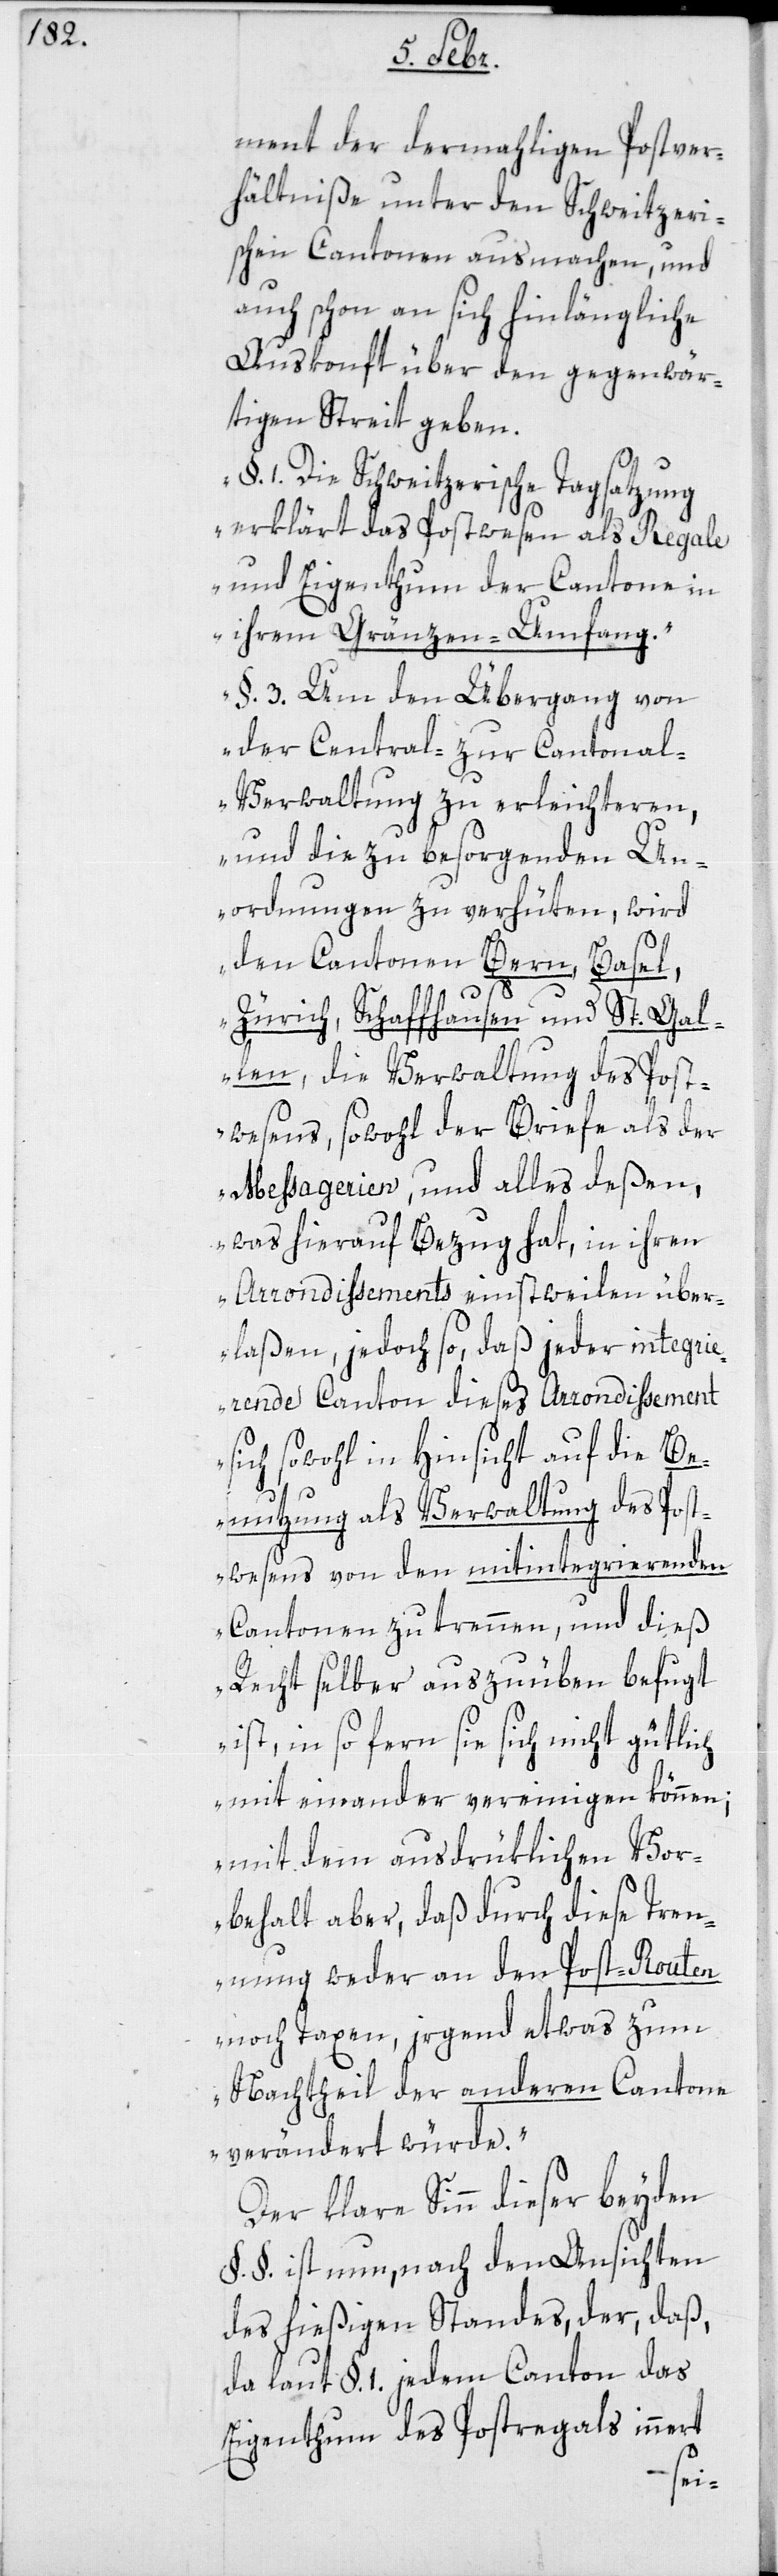
ment der dermaligen Postver¬
hältniße unter den Schweitzeri¬
schen Cantonen ausmachen, und
auch schon an sich hinlängliche
Auskonft über den gegenwär¬
tigen Streit geben.
1. Die Schweitzerische Tagsatzung
erklärt das Postwesen als Regale
und Eigenthum der Cantone in
ihrem Gränzen-Umfang.“
„§. 3. Um den Übergang von
der Central- zur Cantonal¬
verwaltung zu erleichteren,
und die zu besorgenden Un¬
ordnungen zu verhüten, wird
den Cantonen Bern, Basel,
Zürich, Schaffhausen und St. Gal¬
len, die Verwaltung des Post¬
wesens, sowohl der Briefe als der
Messagerien und alles deßen,
was hierauf Bezug hat, in ihren
Arrondissements einstweilen über¬
laßen, jedoch so, daß jeder integrie¬
rende Canton dieses Arrondissement
sich sowohl in Hinsicht auf die Be¬
nutzung als Verwaltung des Post¬
wesens von den mitintegrierenden
Cantonen zu trennen, und dieß
Recht selber auszuüben befugt
ist, in so fern sie sich nicht gütlich
miteinander vereinigen können;
mit dem ausdrüklichen Vor¬
behalt aber, daß durch diese Tren¬
nung weder an den Postrouten
noch Taxen, irgend etwas zum
Nachtheil der anderen Cantone
verändert würde.“
Der klare Sinn dieser beyden
§. §. ist nun, nach den Ansichten
des hießigen Standes, der, daß,
da laut §. 1. jedem Canton das
Eigenthum des Postregals innert